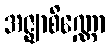
အဇ္ဈာစိဏ္ဏော